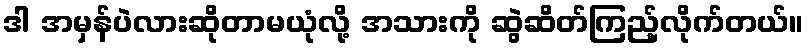
ဒါ အမှန်ပဲလားဆိုတာမယုံလို့ အသားကို ဆွဲဆိတ်ကြည့်လိုက်တယ်။